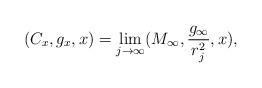
LaTeX: \begin{align*}(C_x, g_x, x)=\lim_{j\rightarrow \infty}(M_\infty,\frac{g_\infty}{r_j^2},x),\end{align*}